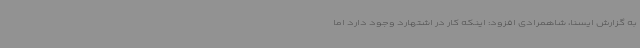
به گزارش ایسنا، شاهمرادی افزود: اینکه کار در اشتهارد وجود دارد اما